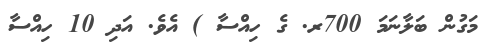
މަގުން ބަލާނަމަ 700ރ. ގެ ހިއްސާ ) އެވެ. އަދި 10 ހިއްސާ